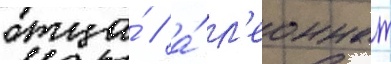
отца́ / а́ л'еоннат